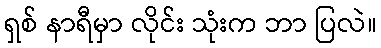
ရှစ် နာရီမှာ လိုင်း သုံးက ဘာ ပြလဲ။